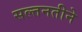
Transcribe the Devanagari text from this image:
सल्तनतीने